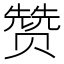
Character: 赞